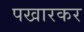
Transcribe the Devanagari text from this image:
पखारकर